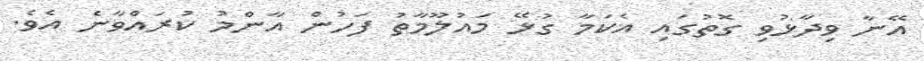
އޭނާ ވިދާޅުވި ގޮތުގައި އެކަމާ ގުޅޭ މައުލޫމާތު ފަހުން އާންމު ކުރައްވާނެ އެވެ.